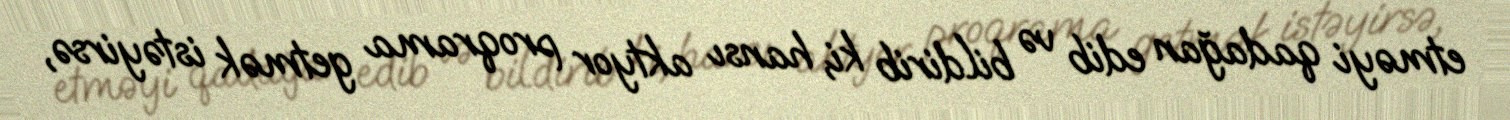
etməyi qadağan edib və bildirib ki, hansı aktyor proqrama getmək istəyirsə,